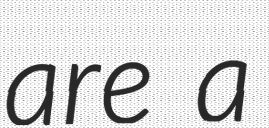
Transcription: are a